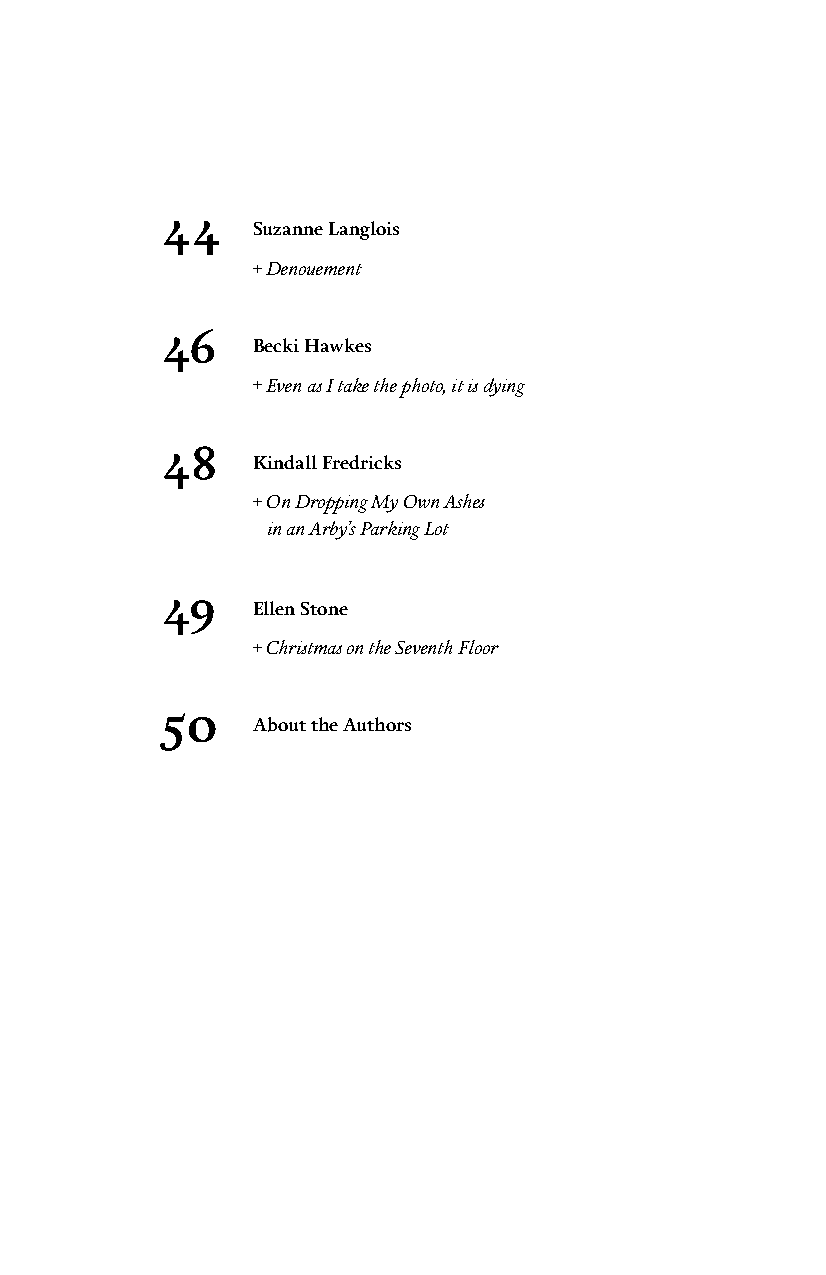
44
 Suzanne Langlois
 + Denouement
 46
 Becki Hawkes
 + Even as I take the photo, it is dying
 48
 Kindall Fredricks
 + On Dropping My Own Ashes
 in an Arby’s Parking Lot
 49
 Ellen Stone
 + Christmas on the Seventh Floor
 50
 About the Authors